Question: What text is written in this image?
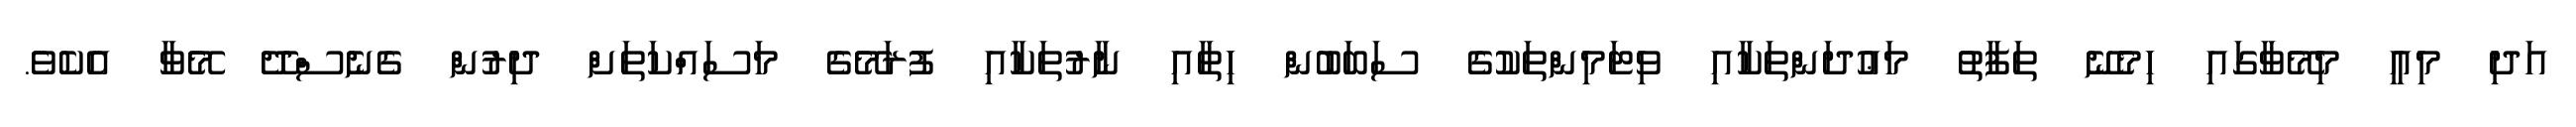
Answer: އަދި މިއީ މިމޭވާގައި ހިމެނޭ ތަފާތު މަޢުދަންތަކާއި ވިޓަމިންތަކުގެ ސަބަބުން ހިތާއި ނާރުތަކާއި ފުރަމޭގެ މަސައްކަތަށް ދިރުން ގެނެސްދޭ މޭވާ އެކެވެ.